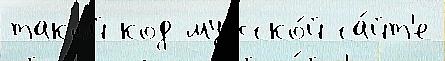
такой код мужско́й са́йт'е